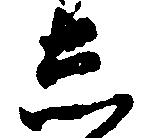
し